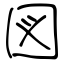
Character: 図